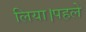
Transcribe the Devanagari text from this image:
लिया।पहले